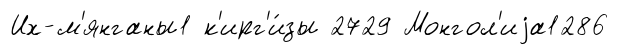
Их-м'янганы1 к'ирг'и́зы 2729 Монгол'иjа1286